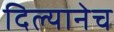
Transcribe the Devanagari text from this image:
दिल्यानेच